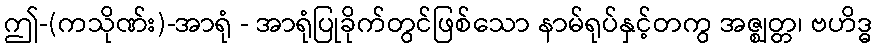
ဤ-(ကသိုဏ်း)-အာရုံ - အာရုံပြုခိုက်တွင်ဖြစ်သော နာမ်ရုပ်နှင့်တကွ အဇ္ဈတ္တ၊ ဗဟိဒ္ဓ